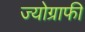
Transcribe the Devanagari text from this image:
ज्योग्राफी